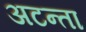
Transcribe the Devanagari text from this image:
अटन्ता